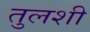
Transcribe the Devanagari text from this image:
तुलशी